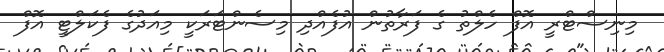
މިނިސްޓްރީ އޮފް ހެލްތު ގެ ފަރާތުން އުފެއްދި މިސެންޓަރަކީ މިއަދުގެ ފެކަލްޓީ އޮފް